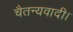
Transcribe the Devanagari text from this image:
चैतन्यवादी।